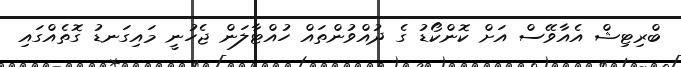
ބްރިޓިޝް އެއާވޭސް އަށް ކޮންކޯޑު ގެ ދުއްވުންތައް ހުއްޓާލަން ޖެހުނީ މައިގަނޑު ގޮތެއްގައި